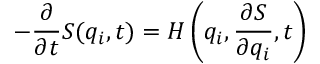
- { \frac { \partial } { \partial t } } S ( q _ { i } , t ) = H \left( q _ { i } , { \frac { \partial S } { \partial q _ { i } } } , t \right) \,